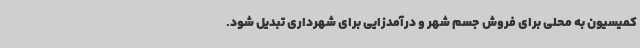
کمیسیون به محلی برای فروش جسم شهر و درآمدزایی برای شهرداری تبدیل شود.